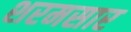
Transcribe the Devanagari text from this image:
शरमसार